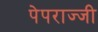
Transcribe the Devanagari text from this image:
पेपराज्जी